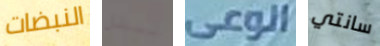
النبضات لبطل الوعى سانتي